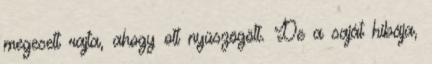
megesett rajta, ahogy ott nyüszögött. De a saját hibája,